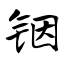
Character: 铟